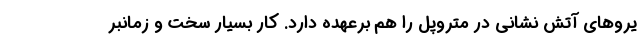
یروهای آتش نشانی در متروپل را هم برعهده دارد. کار بسیار سخت و زمانبر